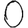
Digit: 0